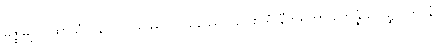
မဇ္ဈိမဋ္ဌကထာယံ ပန ဝိဟာရဿပိ ဂါမဿေဝ ဥပစာရံ နီဟရိတွာ ဥဘိန္နံ လေဍ္ဍုပါတာနံ